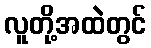
လူတို့အထဲတွင်